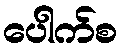
ပေါက်စ